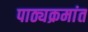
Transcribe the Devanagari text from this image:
पाठ्यक्रमांत